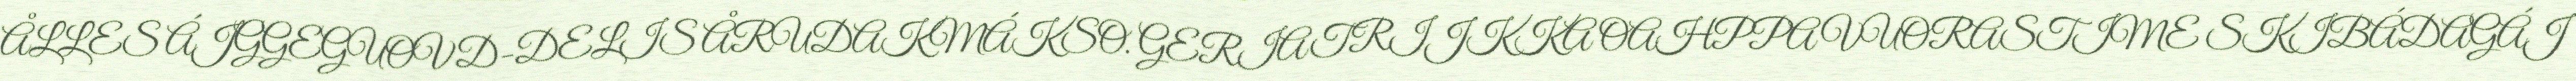
ÅLLES ÁJGGEGUOVD-DELIS ÅRUDAKMÁKSO. GERIATRIJKKA OAHPPA VUORASTIME SKIBÁDAGÁJ